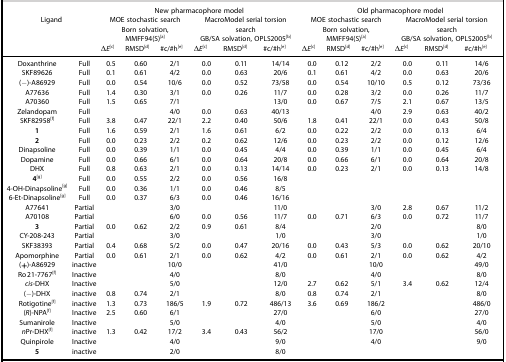
<table><thead><tr><td></td><td></td><td colspan="6"><b>New pharmacophore model</b></td><td colspan="6"><b>Old pharmacophore model</b></td></tr><tr><td><b>Ligand</b></td><td></td><td colspan="3"><b>MOE stochastic search Born solvation MMFF94(S)[a]</b></td><td colspan="3"><b>MacroModel serial torsion search GB/SA solvation OPLS2005[b]</b></td><td colspan="3"><b>MOE stochastic search Born solvation MMFF94(S)[a]</b></td><td colspan="3"><b>MacroModel serial torsion search GB/SA solvation OPLS2005[b]</b></td></tr><tr><td></td><td></td><td><b>Δ<i>E</i>[c]</b></td><td><b>RMSD[d]</b></td><td><b>#c/#h[e]</b></td><td><b>Δ<i>E</i>[c]</b></td><td><b>RMSD[d]</b></td><td><b>#c/#h[e]</b></td><td><b>Δ<i>E</i>[c]</b></td><td><b>RMSD[d]</b></td><td><b>#c/#h[e]</b></td><td><b>Δ<i>E</i>[c]</b></td><td><b>RMSD[d]</b></td><td><b>#c/#h[e]</b></td></tr></thead><tbody><tr><td>Doxanthrine</td><td>Full</td><td>0.5</td><td>0.60</td><td>2/1</td><td>0.0</td><td>0.11</td><td>14/14</td><td>0.0</td><td>0.12</td><td>2/2</td><td>0.0</td><td>0.11</td><td>14/6</td></tr><tr><td>SKF89626</td><td>Full</td><td>0.1</td><td>0.61</td><td>4/2</td><td>0.0</td><td>0.63</td><td>20/6</td><td>0.1</td><td>0.61</td><td>4/2</td><td>0.0</td><td>0.63</td><td>20/6</td></tr><tr><td>(−)-A86929</td><td>Full</td><td>0.0</td><td>0.54</td><td>10/6</td><td>0.0</td><td>0.52</td><td>73/58</td><td>0.0</td><td>0.54</td><td>10/10</td><td>0.5</td><td>0.12</td><td>73/36</td></tr><tr><td>A77636</td><td>Full</td><td>1.4</td><td>0.30</td><td>3/1</td><td>0.0</td><td>0.26</td><td>11/7</td><td>0.0</td><td>0.28</td><td>3/2</td><td>0.0</td><td>0.26</td><td>11/7</td></tr><tr><td>A70360</td><td>Full</td><td>1.5</td><td>0.65</td><td>7/1</td><td></td><td></td><td>13/0</td><td>0.0</td><td>0.67</td><td>7/5</td><td>2.1</td><td>0.67</td><td>13/5</td></tr><tr><td>Zelandopam</td><td>Full</td><td></td><td></td><td>4/0</td><td>0.0</td><td>0.63</td><td>40/13</td><td></td><td></td><td>4/0</td><td>2.9</td><td>0.63</td><td>40/2</td></tr><tr><td>SKF82958[f]</td><td>Full</td><td>3.8</td><td>0.47</td><td>22/1</td><td>2.2</td><td>0.40</td><td>50/6</td><td>1.8</td><td>0.41</td><td>22/1</td><td>0.0</td><td>0.43</td><td>50/8</td></tr><tr><td><b>1</b></td><td>Full</td><td>1.6</td><td>0.59</td><td>2/1</td><td>1.6</td><td>0.61</td><td>6/2</td><td>0.0</td><td>0.22</td><td>2/2</td><td>0.0</td><td>0.13</td><td>6/4</td></tr><tr><td><b>2</b></td><td>Full</td><td>0.0</td><td>0.23</td><td>2/2</td><td>0.2</td><td>0.62</td><td>12/6</td><td>0.0</td><td>0.23</td><td>2/2</td><td>0.0</td><td>0.12</td><td>12/6</td></tr><tr><td>Dinapsoline</td><td>Full</td><td>0.0</td><td>0.39</td><td>1/1</td><td>0.0</td><td>0.45</td><td>4/4</td><td>0.0</td><td>0.39</td><td>1/1</td><td>0.0</td><td>0.45</td><td>6/4</td></tr><tr><td>Dopamine</td><td>Full</td><td>0.0</td><td>0.66</td><td>6/1</td><td>0.0</td><td>0.64</td><td>20/8</td><td>0.0</td><td>0.66</td><td>6/1</td><td>0.0</td><td>0.64</td><td>20/8</td></tr><tr><td>DHX</td><td>Full</td><td>0.8</td><td>0.63</td><td>2/1</td><td>0.0</td><td>0.13</td><td>14/14</td><td>0.0</td><td>0.23</td><td>2/1</td><td>0.0</td><td>0.13</td><td>14/8</td></tr><tr><td><b>4</b>[g]</td><td>Full</td><td>0.0</td><td>0.55</td><td>2/2</td><td>0.0</td><td>0.56</td><td>16/8</td><td></td><td></td><td></td><td></td><td></td><td></td></tr><tr><td>4-OH-Dinapsoline[g]</td><td>Full</td><td>0.0</td><td>0.36</td><td>1/1</td><td>0.0</td><td>0.46</td><td>8/5</td><td></td><td></td><td></td><td></td><td></td><td></td></tr><tr><td>6-Et-Dinapsoline[g]</td><td>Full</td><td>0.0</td><td>0.37</td><td>6/3</td><td>0.0</td><td>0.46</td><td>16/16</td><td></td><td></td><td></td><td></td><td></td><td></td></tr><tr><td>A77641</td><td>Partial</td><td></td><td></td><td>3/0</td><td></td><td></td><td>11/0</td><td></td><td></td><td>3/0</td><td>2.8</td><td>0.67</td><td>11/2</td></tr><tr><td>A70108</td><td>Partial</td><td></td><td></td><td>6/0</td><td>0.0</td><td>0.56</td><td>11/7</td><td>0.0</td><td>0.71</td><td>6/3</td><td>0.0</td><td>0.72</td><td>11/7</td></tr><tr><td><b>3</b></td><td>Partial</td><td>0.0</td><td>0.62</td><td>2/2</td><td>0.9</td><td>0.61</td><td>8/4</td><td></td><td></td><td>2/0</td><td></td><td></td><td>8/0</td></tr><tr><td>CY-208-243</td><td>Partial</td><td></td><td></td><td>3/0</td><td></td><td></td><td>1/0</td><td></td><td></td><td>3/0</td><td></td><td></td><td>1/0</td></tr><tr><td>SKF38393</td><td>Partial</td><td>0.4</td><td>0.68</td><td>5/2</td><td>0.0</td><td>0.47</td><td>20/16</td><td>0.0</td><td>0.43</td><td>5/3</td><td>0.0</td><td>0.62</td><td>20/10</td></tr><tr><td>Apomorphine</td><td>Partial</td><td>0.0</td><td>0.61</td><td>2/1</td><td>0.0</td><td>0.62</td><td>4/2</td><td>0.0</td><td>0.61</td><td>2/1</td><td>0.0</td><td>0.62</td><td>4/2</td></tr><tr><td>(+)-A86929</td><td>inactive</td><td></td><td></td><td>10/0</td><td></td><td></td><td>41/0</td><td></td><td></td><td>10/0</td><td></td><td></td><td>49/0</td></tr><tr><td>Ro 21-7767[f]</td><td>Inactive</td><td></td><td></td><td>4/0</td><td></td><td></td><td>8/0</td><td></td><td></td><td>4/0</td><td></td><td></td><td>8/0</td></tr><tr><td><i>cis</i>-DHX</td><td>Inactive</td><td></td><td></td><td>5/0</td><td></td><td></td><td>12/0</td><td>2.7</td><td>0.62</td><td>5/1</td><td>3.4</td><td>0.62</td><td>12/4</td></tr><tr><td>(−)-DHX</td><td>inactive</td><td>0.8</td><td>0.74</td><td>2/1</td><td></td><td></td><td>8/0</td><td>0.8</td><td>0.74</td><td>2/1</td><td></td><td></td><td>8/0</td></tr><tr><td>Rotigotine[f]</td><td>inactive</td><td>1.3</td><td>0.73</td><td>186/5</td><td>1.9</td><td>0.72</td><td>486/13</td><td>3.6</td><td>0.69</td><td>186/2</td><td></td><td></td><td>486/0</td></tr><tr><td>(<i>R</i>)-NPA[f]</td><td>Inactive</td><td>2.5</td><td>0.60</td><td>6/1</td><td></td><td></td><td>27/0</td><td></td><td></td><td>6/0</td><td></td><td></td><td>27/0</td></tr><tr><td>Sumanirole</td><td>Inactive</td><td></td><td></td><td>5/0</td><td></td><td></td><td>4/0</td><td></td><td></td><td>5/0</td><td></td><td></td><td>4/0</td></tr><tr><td><i>n</i>Pr-DHX[f]</td><td>inactive</td><td>1.3</td><td>0.42</td><td>17/2</td><td>3.4</td><td>0.43</td><td>56/2</td><td></td><td></td><td>17/0</td><td></td><td></td><td>56/0</td></tr><tr><td>Quinpirole</td><td>Inactive</td><td></td><td></td><td>4/0</td><td></td><td></td><td>9/0</td><td></td><td></td><td>4/0</td><td></td><td></td><td>9/0</td></tr><tr><td><b>5</b></td><td>inactive</td><td></td><td></td><td>2/0</td><td></td><td></td><td>8/0</td><td></td><td></td><td></td><td></td><td></td><td></td></tr></tbody></table>